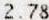
2.78